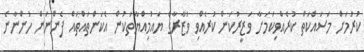
ކުރުމަށް މަސައްކަތް ކުރެއްވިކަމަށާ ވަޒީރުކަން ކުރެއްވި ވުޒާރާގެ ޔައުމިއްޔާތަކުން އެކަންތައްތައް ފެންނަން ހުންނާނެ